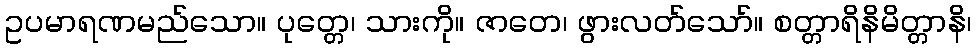
ဥပမာရဏမည်သော။ ပုတ္တေ၊ သားကို။ ဇာတေ၊ ဖွားလတ်သော်။ စတ္တာရိနိမိတ္တာနိ၊